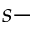
s -